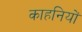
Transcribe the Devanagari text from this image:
काहनियों